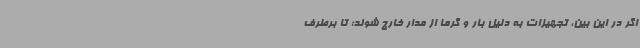
اگر در این بین، تجهیزات به دلیل بار و گرما از مدار خارج شوند؛ تا برطرف